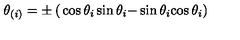
\theta _ { ( i ) } = \pm \left( \begin{matrix} { \cos \theta _ { i } } & { \sin \theta _ { i } } \\ { - \sin \theta _ { i } } & { \cos \theta _ { i } } \\ \end{matrix} \right)